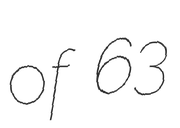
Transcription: of 63